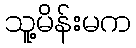
သူ့မိန်းမက